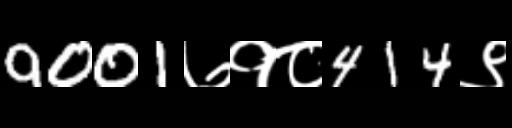
Text: 9001७१८414९